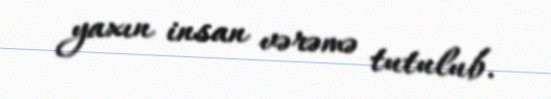
yaxın insan vərəmə tutulub.